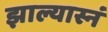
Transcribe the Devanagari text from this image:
झाल्यास्नं